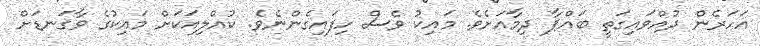
އަހަރެން ދުއްވައިގަތީ ބައްޕާ ދިމާއަށެވެ. މައިކު ވެސް ހިފައިގެންނެވެ. ކުއްލިއަކަށް މައިކުގެ ވާގަނޑަށް